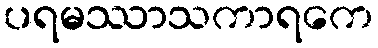
ပရမဿာသကာရကေ